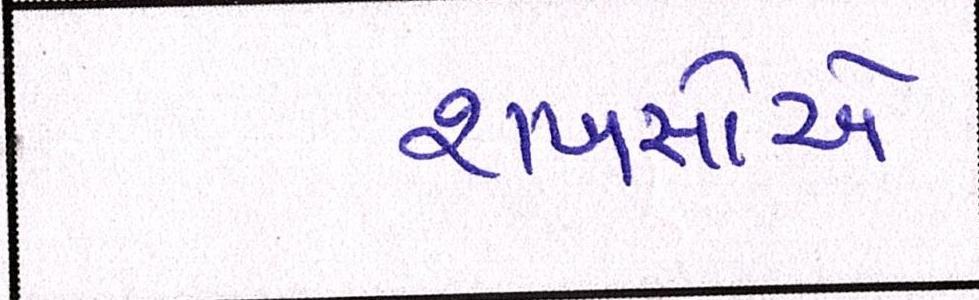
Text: શખસોએ